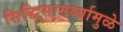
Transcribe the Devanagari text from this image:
सिद्धिसामर्थ्यामुळे